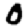
Digit: 0